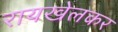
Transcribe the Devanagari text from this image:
रायखेलकर